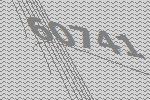
60741